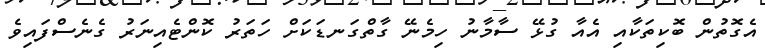
އެގޮތުން ބޮކިތަކާއި އެއާ ގުޅޭ ސާމާނު ހިމެނޭ ގާތްގަނޑަކަށް ހަތަރު ކޮންޓެއިނަރު ގެނެސްފައިވެ